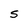
Character: S